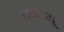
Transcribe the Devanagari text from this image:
बर्नब्यू